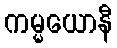
ကမ္မယောနီ